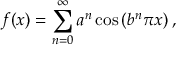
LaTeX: f ( x ) = \sum _ { n = 0 } ^ { \infty } a ^ { n } \cos \left( b ^ { n } \pi x \right) ,